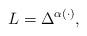
LaTeX: \begin{align*} L=\Delta^{\alpha(\cdot)},\end{align*}